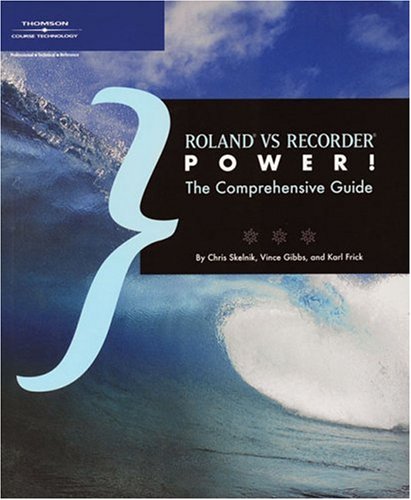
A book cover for Roland VS Recorder Power!; Chris Skelnik; Computers & Technology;